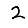
Digit: 2